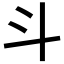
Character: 斗